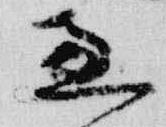
恵